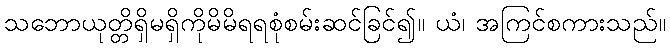
သဘောယုတ္တိရှိမရှိကိုမိမိရရစုံစမ်းဆင်ခြင်၍။ ယံ၊ အကြင်စကားသည်။